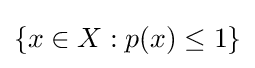
\{x\in X:p(x)\leq 1\}